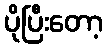
ပိုပြီးတော့